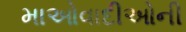
માઓવાદીઓની